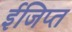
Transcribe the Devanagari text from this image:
ईजिप्‍त